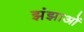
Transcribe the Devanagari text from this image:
झंझाओं